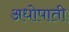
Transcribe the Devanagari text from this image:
अधोपाती